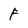
Character: F